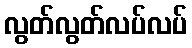
လွတ်လွတ်လပ်လပ်